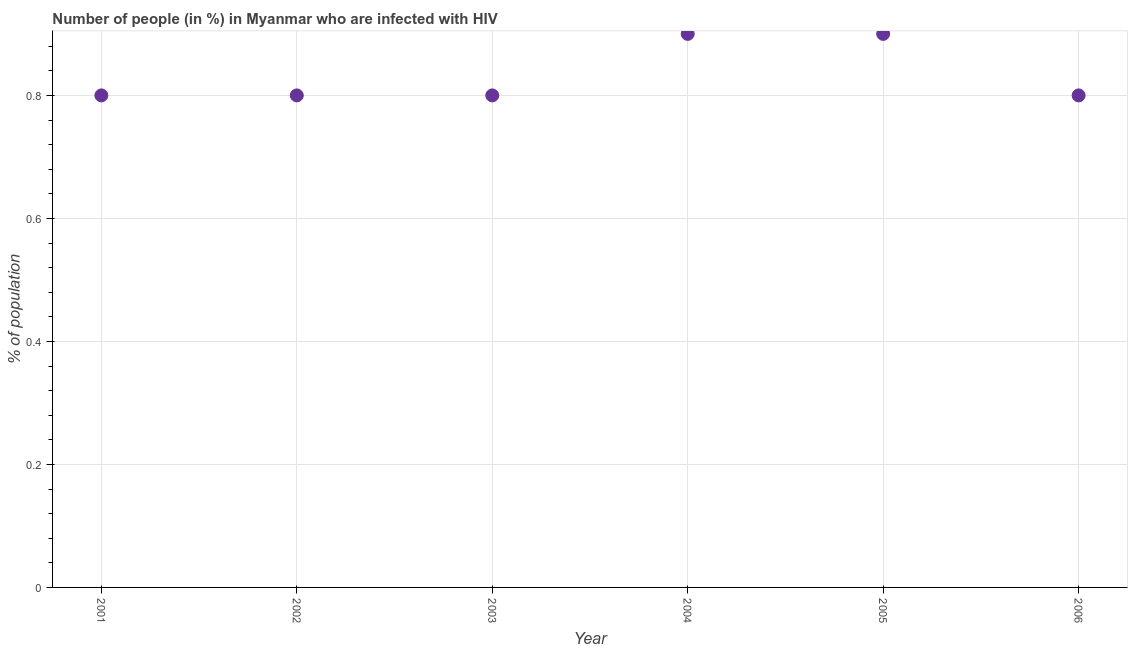
| Year | Infected with HIV |
 | --- | --- |
 | 2001 | 0.8 |
 | 2002 | 0.8 |
 | 2003 | 0.8 |
 | 2004 | 0.9 |
 | 2005 | 0.9 |
 | 2006 | 0.8 |